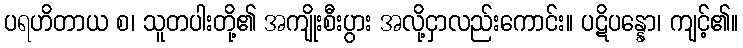
ပရဟိတာယ စ၊ သူတပါးတို့၏ အကျိုးစီးပွား အလို့ငှာလည်းကောင်း။ ပဋိပန္နော၊ ကျင့်၏။